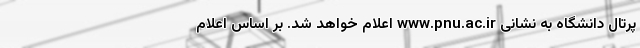
پرتال دانشگاه به نشانی www.pnu.ac.ir اعلام خواهد شد. بر اساس اعلام